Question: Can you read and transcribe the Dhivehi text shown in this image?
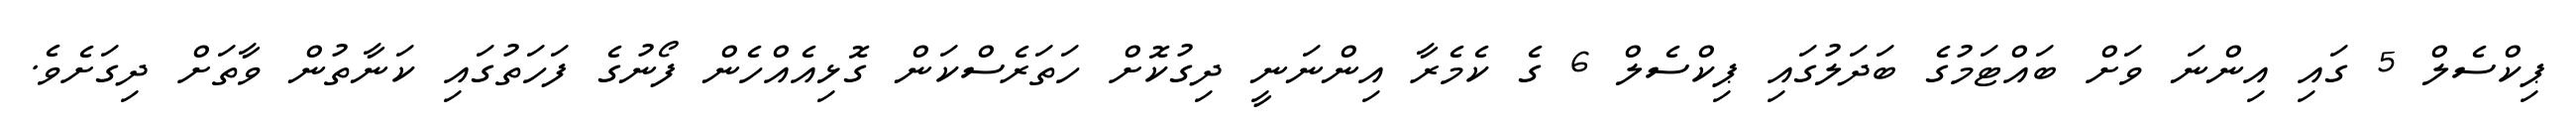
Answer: ޕިކްސެލް 5 ގައި އިންނަ ވަށް ބައްޓަމުގެ ބަދަލުގައި ޕިކްސެލް 6 ގެ ކެމެރާ އިންނަނީ ދިގުކޮށް ހަތަރެސްކަން ގޮޅިއެއްހެން ފޯނުގެ ފަހަތުގައި ކަނާތުން ވާތަށް ދިގަށެވެ.